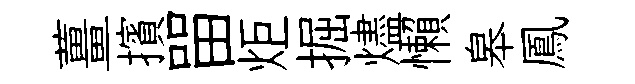
薑擯㽞炬掘燼懶皋鳳